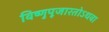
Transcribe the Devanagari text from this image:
विष्णुपूजारतोऽथवा